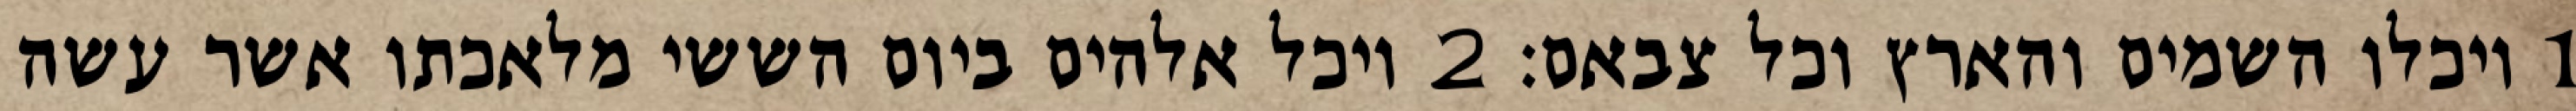
1 ויכלו השמים והארץ וכל צבאם׃ ‎2‏ ויכל אלהים ביום הששי מלאכתו אשר עשה